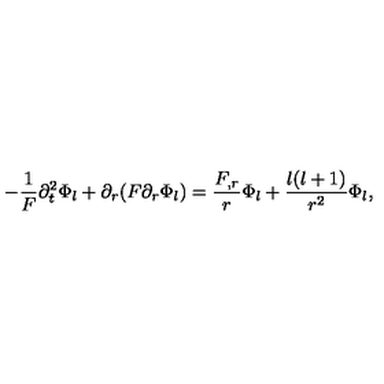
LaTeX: - \frac { 1 } { F } \partial _ { t } ^ { 2 } \Phi _ { l } + \partial _ { r } ( F \partial _ { r } \Phi _ { l } ) = \frac { F _ { , r } } { r } \Phi _ { l } + \frac { l ( l + 1 ) } { r ^ { 2 } } \Phi _ { l } ,